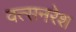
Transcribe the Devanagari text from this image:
वत्सनरेश